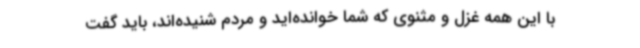
با این همه غزل و مثنوی که شما خوانده‌اید و مردم شنیده‌اند، باید گفت